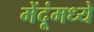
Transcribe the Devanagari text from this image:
मेंदूंमध्ये